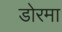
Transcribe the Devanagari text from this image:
डोरमा